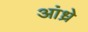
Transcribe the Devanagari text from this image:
आंध्रे